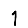
Digit: 1